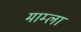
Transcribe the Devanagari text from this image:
माम्ला